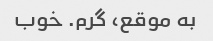
به موقع، گرم. خوب